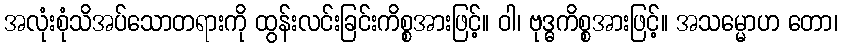
အလုံးစုံသိအပ်သောတရားကို ထွန်းလင်းခြင်းကိစ္စအားဖြင့်။ ဝါ၊ ဗုဒ္ဓကိစ္စအားဖြင့်။ အသမ္မောဟ တော၊